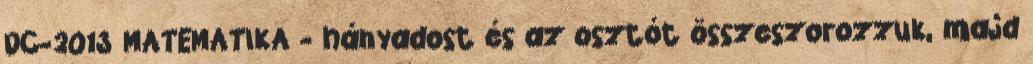
DC-2013 MATEMATIKA - hányadost és az osztót összeszorozzuk, majd